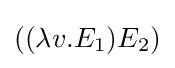
((\lambda v.E_{1})E_{2})